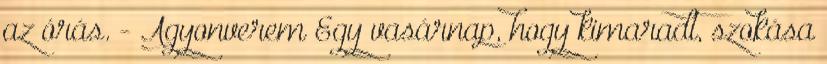
az órás. - Agyonverem Egy vasárnap, hogy kimaradt, szokása